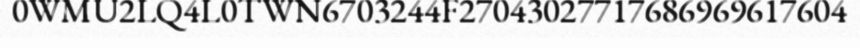
0WMU2LQ4L0TWN6703244F27043027717686969617604